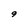
Character: 9